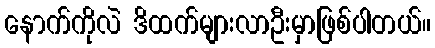
နောက်ကိုလဲ ဒိထက်များလာဦးမှာဖြစ်ပါတယ်။